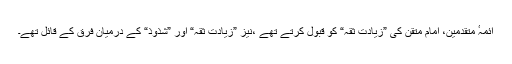
ائمہٴ متقدمین، امامِ متقِن کی ”زیادتِ ثقہ“ کو قبول کرتے تھے ،نیز ”زیادتِ ثقہ“ اور ”شذوذ“ کے درمیان فرق کے قائل تھے۔